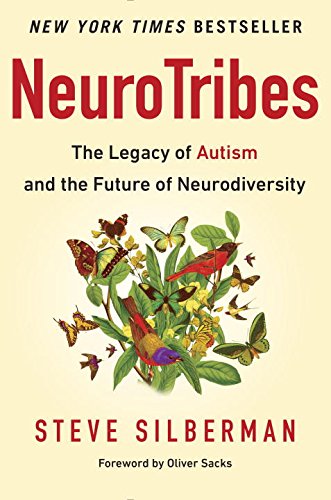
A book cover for NeuroTribes: The Legacy of Autism and the Future of Neurodiversity; Steve Silberman; Parenting & Relationships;